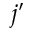
j ^ { \prime }